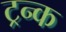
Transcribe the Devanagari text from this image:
ट्रन्क